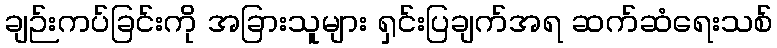
ချဉ်းကပ်ခြင်းကို အခြားသူများ ရှင်းပြချက်အရ ဆက်ဆံရေးသစ်